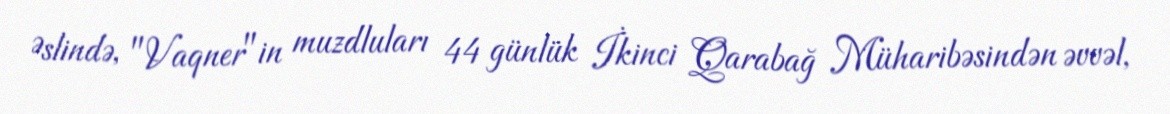
Əslində, "Vaqner"in muzdluları 44 günlük İkinci Qarabağ Müharibəsindən əvvəl,